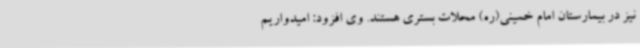
نیز در بیمارستان امام خمینی(ره) محلات بستری هستند. وی افزود: امیدواریم